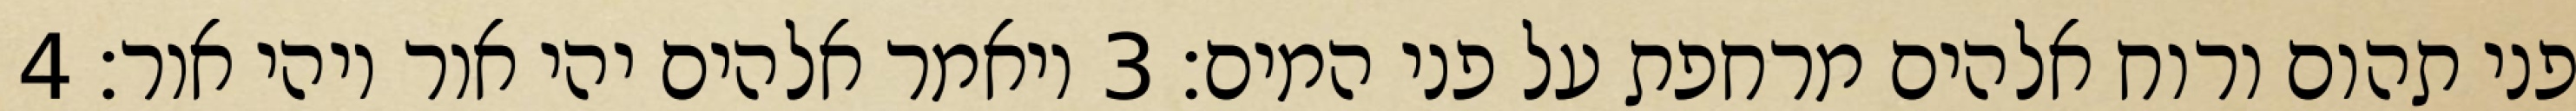
פני תהום ורוח אלהים מרחפת על פני המים׃ ‎3‏ ויאמר אלהים יהי אור ויהי אור׃ ‎4‏